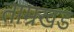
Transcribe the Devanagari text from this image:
ताम्रखंड